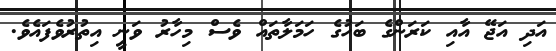
އަދި އަޖޭ އާއި ކަރަންގެ ބަހުގެ ހަމަލާތައް ވެސް މިހާރު ވަނީ އިތުރުވެފައެވެ.